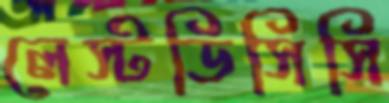
লেস্টডিসিসি